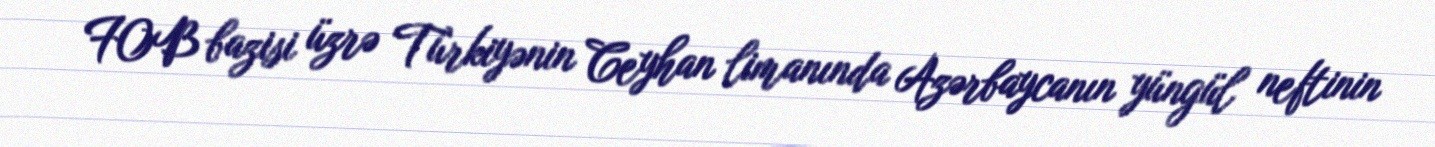
FOB bazisi üzrə Türkiyənin Ceyhan limanında Azərbaycanın yüngül neftinin